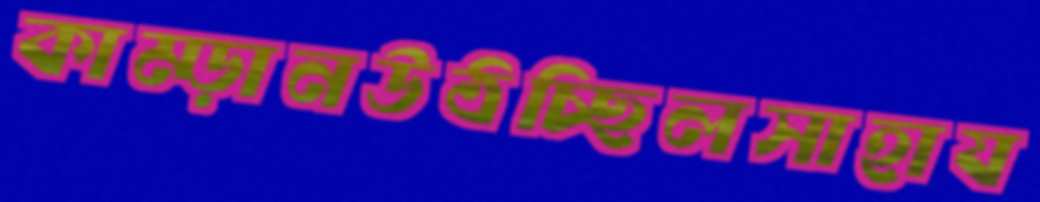
কাম্‌ড়ানউঠচ্ছিলসাহায